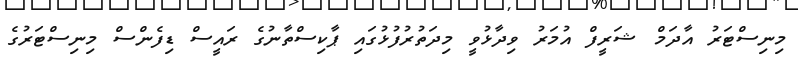
މިނިސްޓަރު އާދަމް ޝަރީފް އުމަރު ވިދާޅުވީ މިދަތުރުފުޅުގައި ޕާކިސްތާނުގެ ރައީސް ޑިފެންސް މިނިސްޓަރުގެ